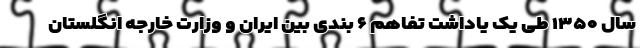
سال ۱۳۵۰ طی یک یاداشت تفاهم ۶ بندی بین ایران و وزارت خارجه انگلستان